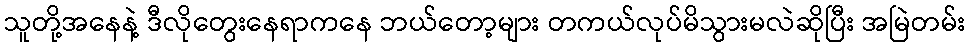
သူတို့အနေနဲ့ ဒီလိုတွေးနေရာကနေ ဘယ်တော့များ တကယ်လုပ်မိသွားမလဲဆိုပြီး အမြဲတမ်း